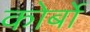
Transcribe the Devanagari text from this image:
कोर्बो